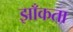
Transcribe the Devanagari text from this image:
झाँकता